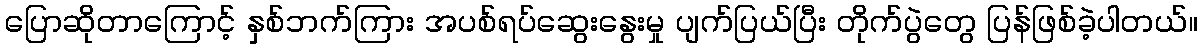
ပြောဆိုတာကြောင့် နှစ်ဘက်ကြား အပစ်ရပ်ဆွေးနွေးမှု ပျက်ပြယ်ပြီး တိုက်ပွဲတွေ ပြန်ဖြစ်ခဲ့ပါတယ်။